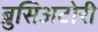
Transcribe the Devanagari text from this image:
ब्रुसिअटोरी